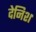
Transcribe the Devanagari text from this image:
देनिश